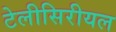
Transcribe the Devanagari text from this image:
टेलीसिरीयल